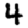
Digit: 4